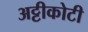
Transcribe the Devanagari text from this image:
अट्टीकोटी